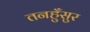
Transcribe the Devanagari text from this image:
तनहुँसुर